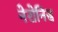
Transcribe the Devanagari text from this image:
नेरोनिस